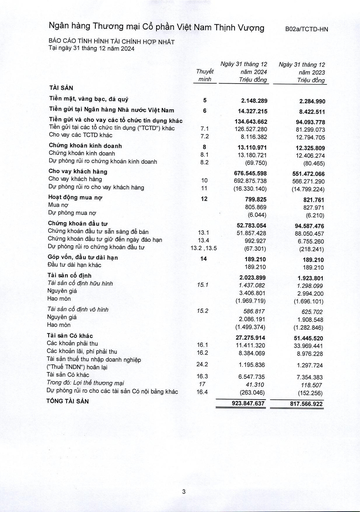
||Thuyết minh|Ngày 31 tháng 12 năm 2024 Triệu đồng|Ngày 31 tháng 12 năm 2023 Triệu đồng| |---|---|---|---| |TÀI SẢN|||| |Tiền mặt, vàng bạc, đá quý|5|2.148.289|2.284.990| |Tiền gửi tại Ngân hàng Nhà nước Việt Nam|6|14.327.215|8.422.511| |Tiền gửi và cho vay các tổ chức tín dụng khác||134.643.662|94.093.778| |Tiền gửi tại các tổ chức tín dụng ("TCTD") khác|7.1|126.527.280|81.299.073| |Cho vay các TCTD khác|7.2|8.116.382|12.794.705| |Chứng khoán kinh doanh|8|13.110.971|12.325.809| |Chứng khoán kinh doanh|8.1|13.180.721|12.406.274| |Dự phòng rủi ro chứng khoán kinh doanh|8.2|(69.750)|(80.465)| |Cho vay khách hàng||676.545.598|551.472.066| |Cho vay khách hàng|10|692.875.738|566.271.290| |Dự phòng rủi ro cho vay khách hàng|11|(16.330.140)|(14.799.224)| |Hoạt động mua nợ|12|799.825|821.761| |Mua nợ||805.869|827.971| |Dự phòng mua nợ||(6.044)|(6.210)| |Chứng khoán đầu tư||52.783.054|94.587.476| |Chứng khoán đầu tư sẵn sàng để bán|13.1|51.857.428|88.050.457| |Chứng khoán đầu tư giữ đến ngày đáo hạn|13.4|992.927|6.755.260| |Dự phòng rủi ro chứng khoán đầu tư|13.2 13,5|(67.301)|(218.241)| |Góp vốn, đầu tư dài hạn|14|189.210|189.210| |Đầu tư dài hạn khác||189.210|189.210| |Tài sản cố định||2.023.899|1.923.801| |Tài sản cố định hữu hình|15.1|1.437.082|1.298.099| |Nguyên giá||3.406.801|2.994.200| |Hao mòn||(1.969.719)|(1.696.101)| |Tài sản cố định vô hình|15.2|586.817|625.702| |Nguyên giá||2.086.191|1.908.548| |Hao mòn||(1.499.374)|(1.282.846)| |Tài sản có khác||27.275.914|51.445.520| |Các khoản phải thu|16.1|11.411.320|33.969.441| |Các khoản lãi, phí phải thu|16.2|8.384.069|8.976.228| |Tài sản thuế thu nhập doanh nghiệp ("Thuế TNDN") hoãn lại|24.2|1.195.836|1.297.724| |Tài sản có khác|16.3|6.547.735|7.354.383| |Trong đó: Lợi thế thương mại|17|41.310|118.507| |Dự phòng rủi ro cho các tài sản có nội bảng khác|16.4|(263.046)|(152.256)| |TỔNG TÀI SẢN||923.847.637|817.566.922|